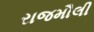
રાજમૌલી